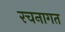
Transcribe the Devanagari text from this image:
रचनागत